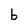
Character: b